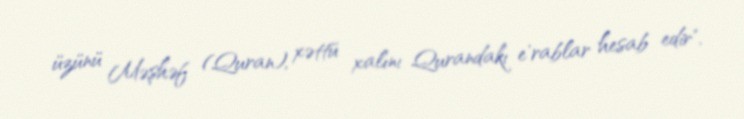
üzünü Məşhəf (Quran), xəttü xalını Qurandakı e'rablar hesab edir".